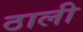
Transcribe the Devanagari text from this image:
ठाली